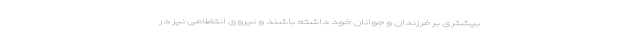
بیشتری بر فرزندان و جوانان خود داشته باشند و نیروی انتظامی نیز در